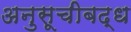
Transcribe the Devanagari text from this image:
अनुसूचीबद्ध